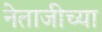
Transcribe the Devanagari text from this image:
नेताजीच्या